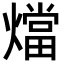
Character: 𭶙